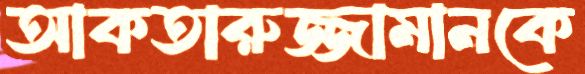
আকতারুজ্জামানকে